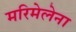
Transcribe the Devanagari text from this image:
मरिमेलेना